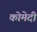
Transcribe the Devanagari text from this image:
कोमेदी